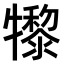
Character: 𤛼